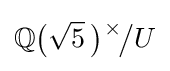
\mathbb {Q} {\bigl (}{\sqrt {5}}~\!{\bigr )}{\vphantom {)}}^{~\!\!\times }\!{\big /}U